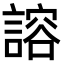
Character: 𫍇